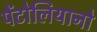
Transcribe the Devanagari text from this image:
पेंटोलियानो